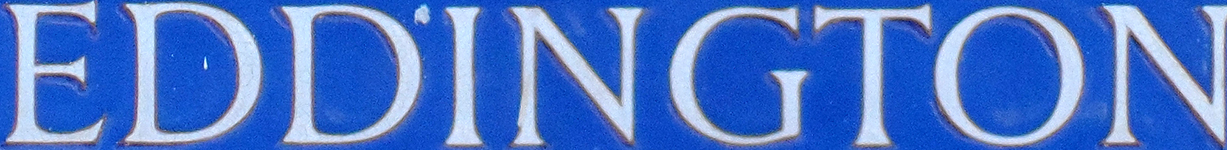
EDDINGTON